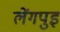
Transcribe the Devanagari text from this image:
लेंगपुइ